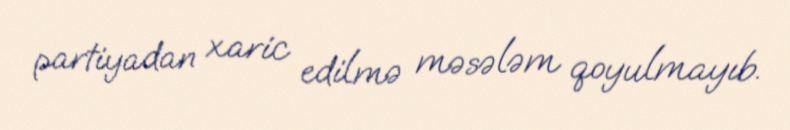
partiyadan xaric edilmə məsələm qoyulmayıb.